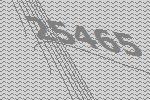
25465